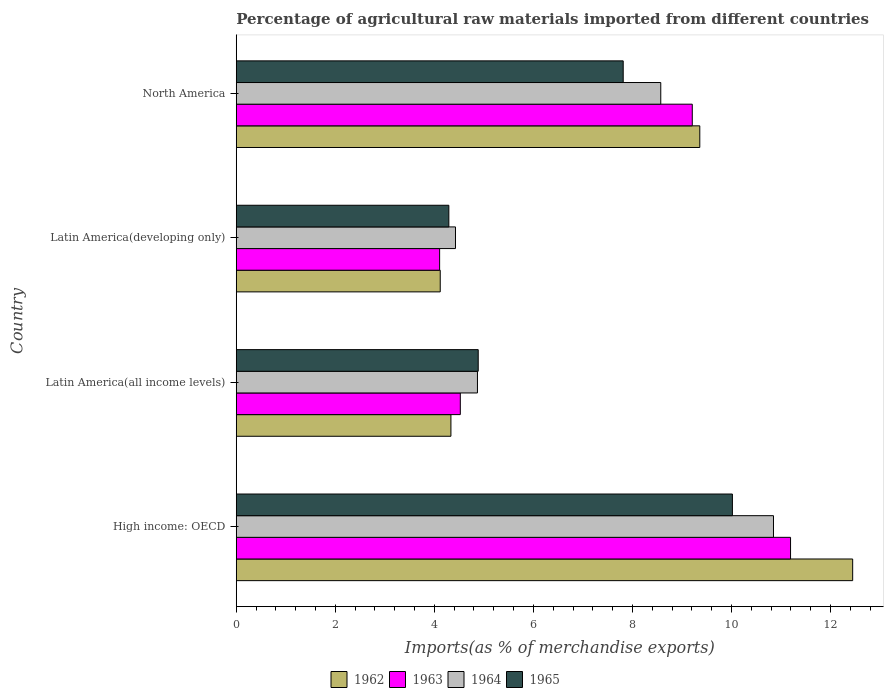
| Country | 1962 | 1963 | 1964 | 1965 |
 | --- | --- | --- | --- | --- |
 | High income: OECD | 12.4 | 11.2 | 10.8 | 10 |
 | Latin America(all income levels) | 4.33 | 4.52 | 4.87 | 4.89 |
 | Latin America(developing only) | 4.12 | 4.11 | 4.43 | 4.29 |
 | North America | 9.36 | 9.21 | 8.57 | 7.81 |